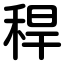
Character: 稈